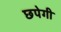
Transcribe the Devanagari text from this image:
छपेगी